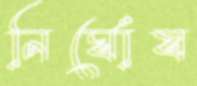
নির্ঘোষ